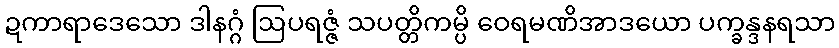
ဍကာရာဒေသော ဒါနဂ္ဂံ ဩပရဇ္ဇံ သပတ္တိကမ္ပိ ဝေရမဏိအာဒယော ပက္ခန္ဒနရသာ